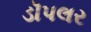
ડૉપલર